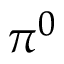
\pi ^ { 0 }